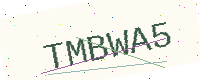
Text: TMBWA5